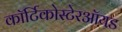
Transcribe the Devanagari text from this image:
कॉर्टिकोस्टेरऑयड